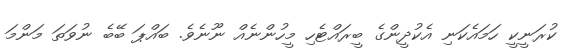
ކުރަނީކީ ހަމައެކަނި އެކުދީންގެ ބީރައްޓެހި މީހުންނެއް ނޫނެވެ. ބައްޕަ ބޭބެ ނުވަތަ މަންމަ